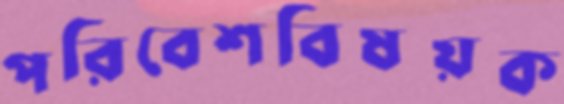
পরিবেশবিষয়ক